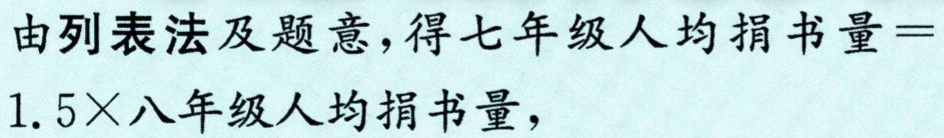
由列表法及题意，得七年级人均捐书量$ = 1.5\times$八年级人均捐书量，